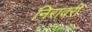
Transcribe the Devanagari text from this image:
निरावरी